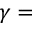
\gamma =